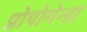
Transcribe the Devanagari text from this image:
प्रोपोगेन्डा